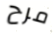
مرح